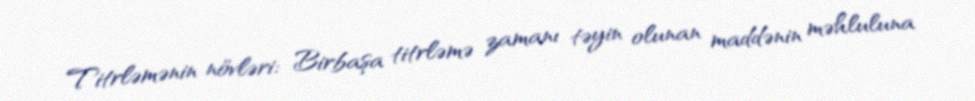
Titrləmənin növləri: Birbaşa titrləmə zamanı təyin olunan maddənin məhluluna